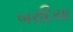
બરદિયા